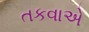
તકવાએ